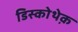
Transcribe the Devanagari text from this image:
डिस्कोथेक़